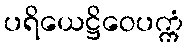
ပရိယေဋ္ဌိဝေပက္ကံ